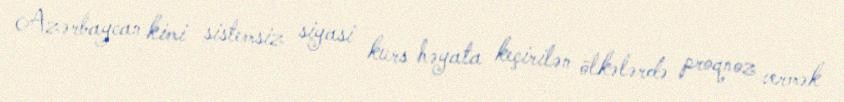
Azərbaycan kimi sistemsiz siyasi kurs həyata keçirilən ölkələrdə proqnoz vermək